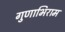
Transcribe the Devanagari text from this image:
गुणाभिराम